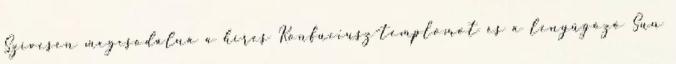
Szívesen megcsodálná a híres Konfuciusz-templomot és a lenyűgöző Sun